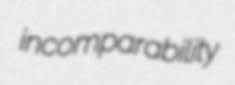
incomparability